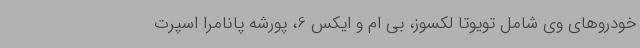
خودروهای وی شامل تویوتا لکسوز، بی ام و ایکس 6، پورشه پانامرا اسپرت